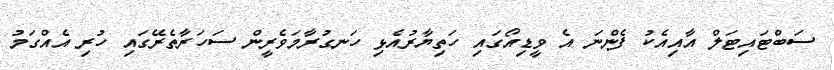
ސަބްޓައިޓަލް އާއިއެކު ފެންނަ އެ ވީޑިއޯގައި ހަތިޔާރުއެޅި ހަނގުރާމަވެރީން ސަހަރާތެރޭގައި ހުރި އެއްގަމު